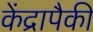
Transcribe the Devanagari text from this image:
केंद्रापैकी